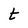
Character: t